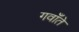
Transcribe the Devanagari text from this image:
गवाँते